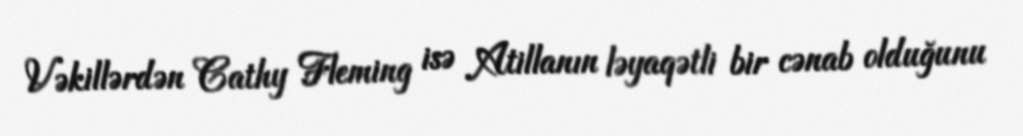
Vəkillərdən Cathy Fleming isə Atillanın ləyaqətli bir cənab olduğunu